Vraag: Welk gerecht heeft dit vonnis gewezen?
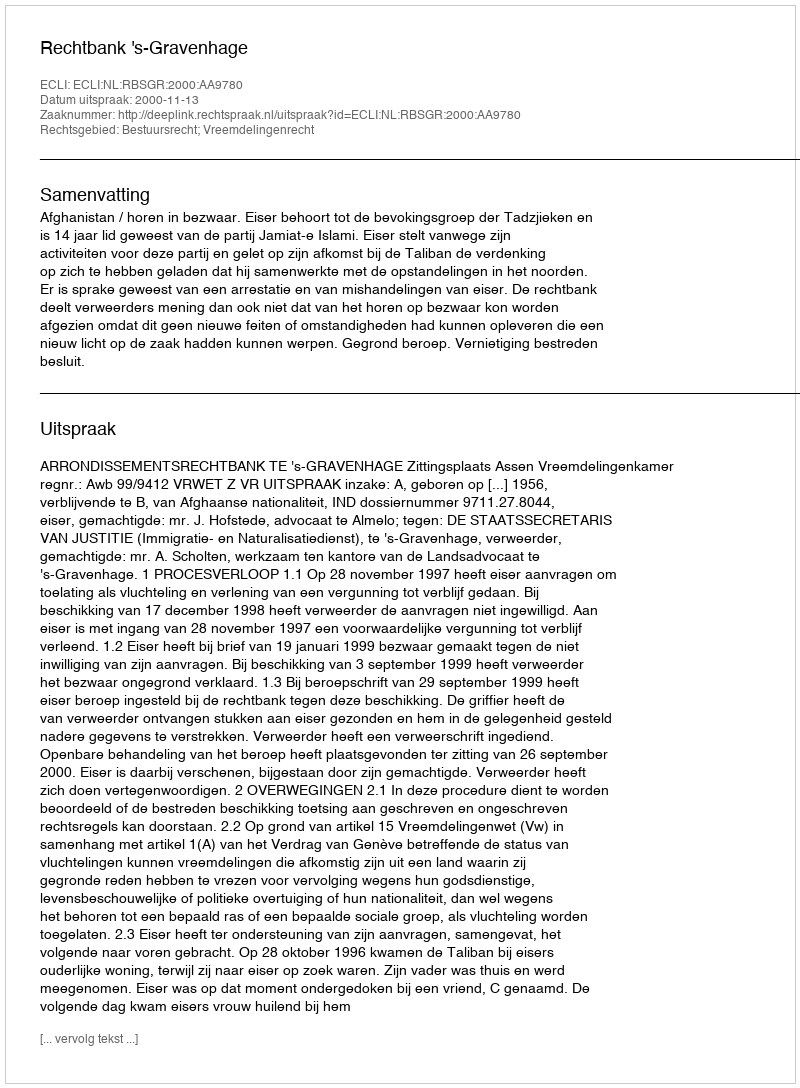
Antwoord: Rechtbank 's-Gravenhage